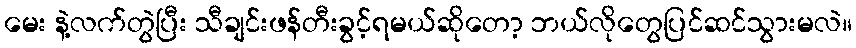
မေး နဲ့လက်တွဲပြီး သီချင်းဖန်တီးခွင့်ရမယ်ဆိုတော့ ဘယ်လိုတွေပြင်ဆင်သွားမလဲ။